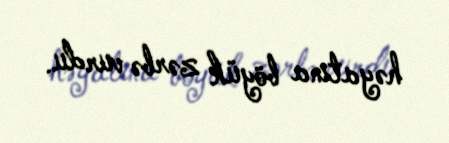
həyatına böyük zərbə vurdu.